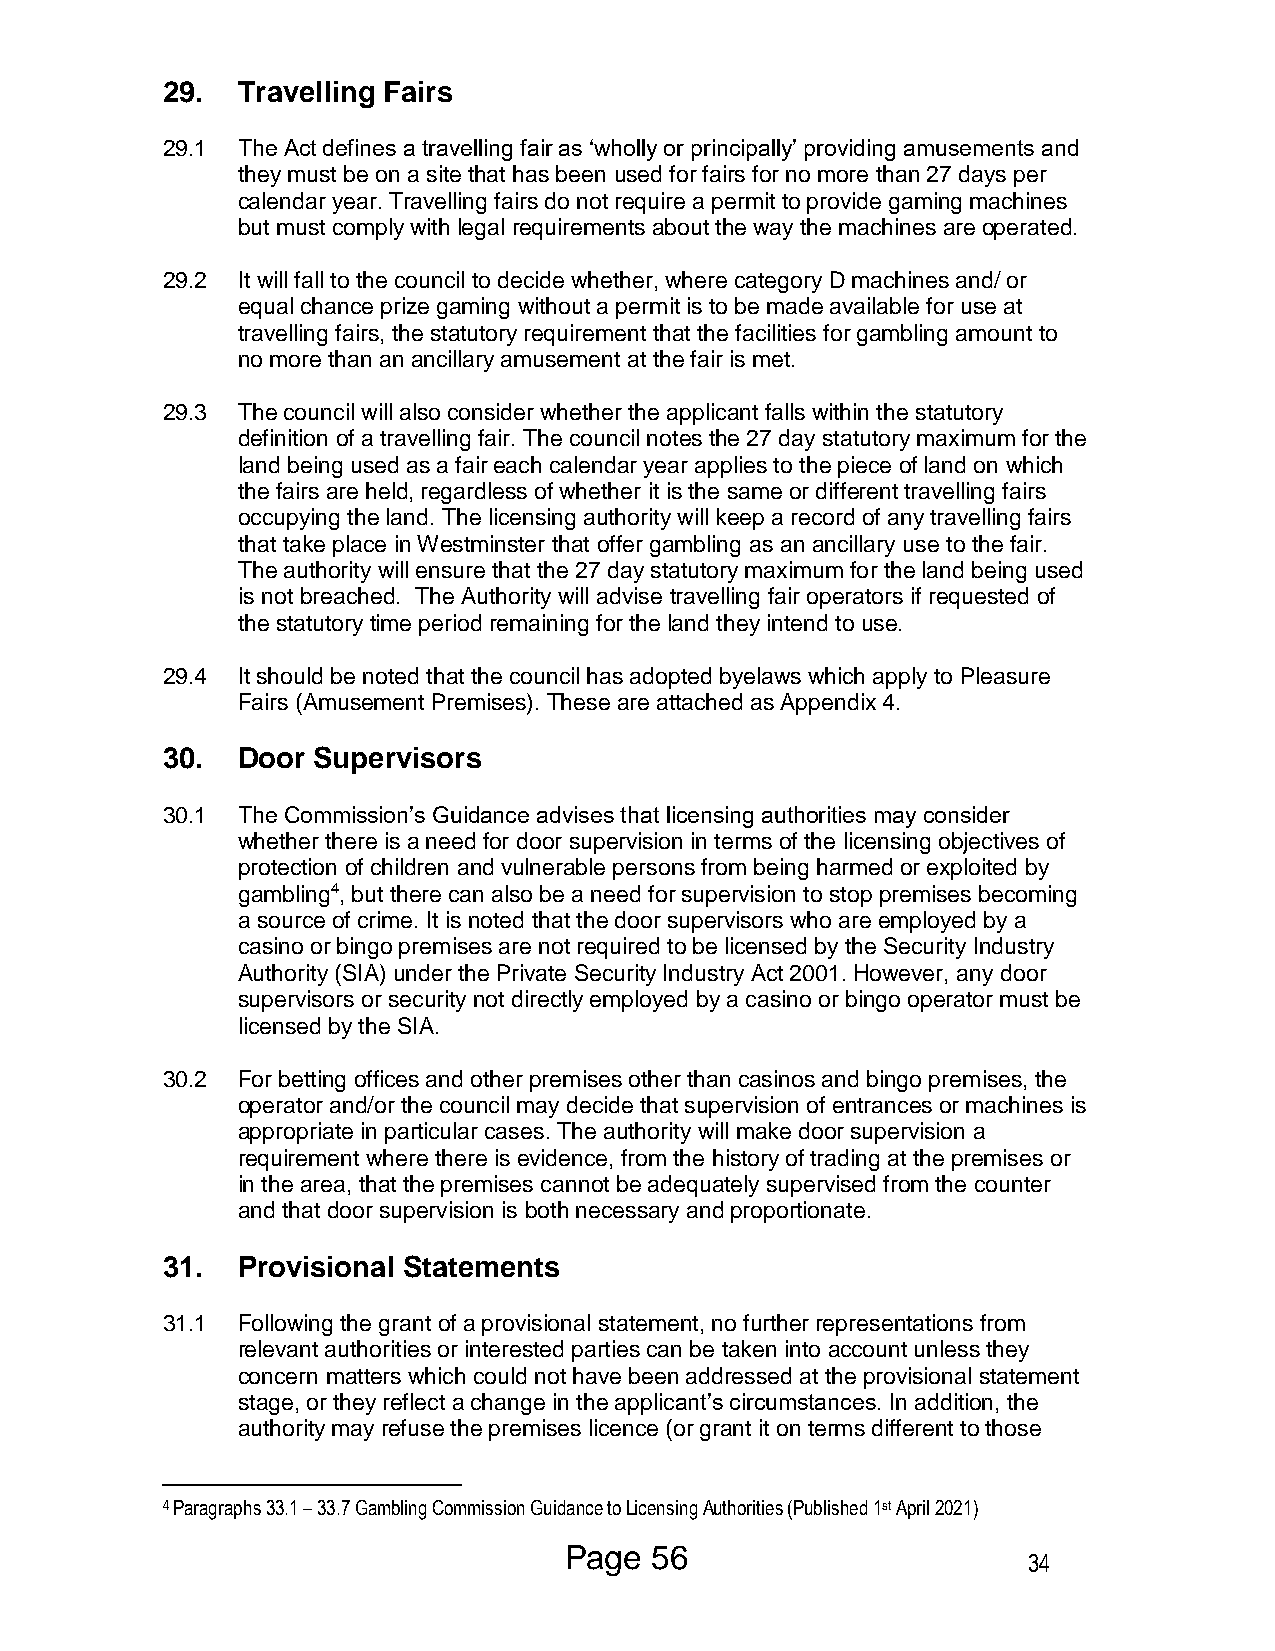
29.  Travelling Fairs
 29.1 The Act defines a travelling fair as ‘wholly or principally’ providing amusements and
 they must be on a site that has been used for fairs for no more than 27 days per
 calendar year. Travelling fairs do not require a permit to provide gaming machines
 but must comply with legal requirements about the way the machines are operated.
 29.2 It will fall to the council to decide whether, where category D machines and/ or
 equal chance prize gaming without a permit is to be made available for use at
 travelling fairs, the statutory requirement that the facilities for gambling amount to
 no more than an ancillary amusement at the fair is met.
 29.3 The council will also consider whether the applicant falls within the statutory
 definition of a travelling fair. The council notes the 27 day statutory maximum for the
 land being used as a fair each calendar year applies to the piece of land on which
 the fairs are held, regardless of whether it is the same or different travelling fairs
 occupying the land. The licensing authority will keep a record of any travelling fairs
 that take place in Westminster that offer gambling as an ancillary use to the fair.
 The authority will ensure that the 27 day statutory maximum for the land being used
 is not breached. The Authority will advise travelling fair operators if requested of
 the statutory time period remaining for the land they intend to use.
 29.4 It should be noted that the council has adopted byelaws which apply to Pleasure
 Fairs (Amusement Premises). These are attached as Appendix 4.
 30.  Door Supervisors
 30.1 The Commission’s Guidance advises that licensing authorities may consider
 whether there is a need for door supervision in terms of the licensing objectives of
 protection of children and vulnerable persons from being harmed or exploited by
 gambling4, but there can also be a need for supervision to stop premises becoming
 a source of crime. It is noted that the door supervisors who are employed by a
 casino or bingo premises are not required to be licensed by the Security Industry
 Authority (SIA) under the Private Security Industry Act 2001. However, any door
 supervisors or security not directly employed by a casino or bingo operator must be
 licensed by the SIA.
 30.2 For betting offices and other premises other than casinos and bingo premises, the
 operator and/or the council may decide that supervision of entrances or machines is
 appropriate in particular cases. The authority will make door supervision a
 requirement where there is evidence, from the history of trading at the premises or
 in the area, that the premises cannot be adequately supervised from the counter
 and that door supervision is both necessary and proportionate.
 31.  Provisional Statements
 31.1 Following the grant of a provisional statement, no further representations from
 relevant authorities or interested parties can be taken into account unless they
 concern matters which could not have been addressed at the provisional statement
 stage, or they reflect a change in the applicant’s circumstances. In addition, the
 authority may refuse the premises licence (or grant it on terms different to those
 4 Paragraphs 33.1 – 33.7 Gambling Commission Guidance to Licensing Authorities (Published 1st April 2021)
 Page  56
 34